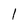
Character: l